Civil Veterinary Department. Madras. Admin. report 1926-33 - 1926-1933
Year: 1926
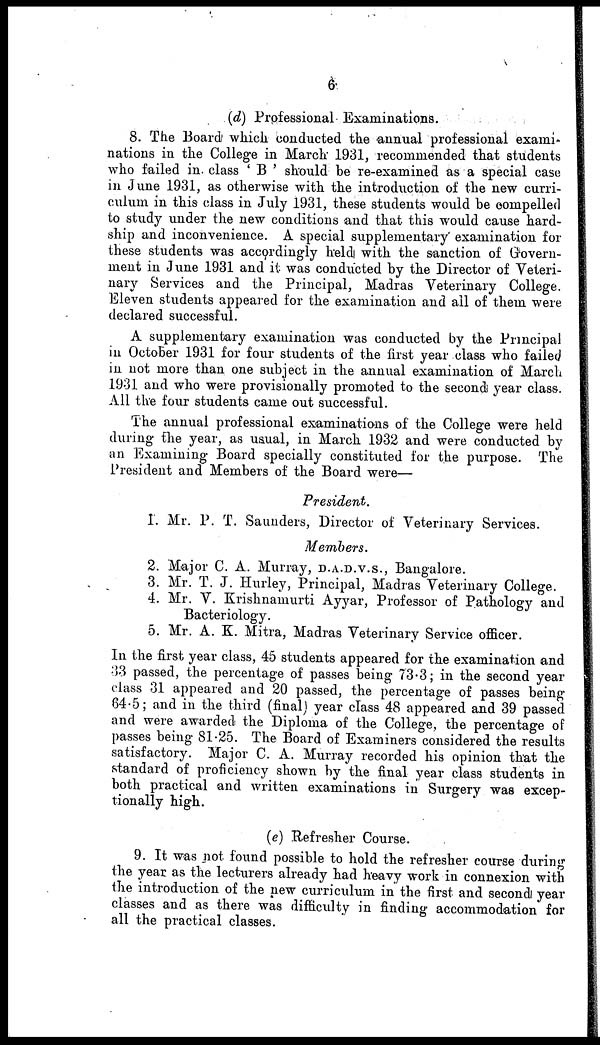
6
(d) Professional Examinations.
8. The Board which conducted the annual professional exami-
nations in the College in March 1931, recommended that students
who failed in class ' B ' should be re-examined as a special case
in June 1931, as otherwise with the introduction of the new curri-
culum in this class in July 1931, these students would be compelled
to study under the new conditions and that this would cause hard-
ship and inconvenience. A special supplementary examination for
these students was accordingly held with the sanction of Govern-
ment in June 1931 and it was conducted by the Director of Veteri-
nary Services and the Principal, Madras Veterinary College.
Eleven students appeared for the examination and ail of them were
declared successful.
A supplementary examination was conducted by the Principal
in October 1931 for four students of the first year class who failed
in not more than one subject in the annual examination of March
1931 and who were provisionally promoted to the second year class.
All the four students came out successful.
The annual professional examinations of the College were held
during the year, as usual, in March 1932 and were conducted by
an Examining Board specially constituted for the purpose. The
President and Members of the Board were—
President.
1. Mr. P. T. Saunders, Director of Veterinary Services.
Members.
2. Major C. A. Murray, D.A.D.V.S., Bangalore.
3. Mr. T. J. Hurley, Principal, Madras Veterinary College.
4. Mr. V. Krishnamurti Ayyar, Professor of Pathology and
Bacteriology.
5. Mr. A. K. Mitra, Madras Veterinary Service officer.
In the first year class, 45 students appeared for the examination and
33 passed, the percentage of passes being 73.3; in the second year
class 31 appeared and 20 passed, the percentage of passes being
64.5; and in the third (final) year class 48 appeared and 39 passed
and were awarded the Diploma of the College, the percentage of
passes being 81.25. The Board of Examiners considered the results
satisfactory. Major C. A. Murray recorded his opinion that the
standard of proficiency shown by the final year class students in
both practical and written examinations in Surgery was excep-
tionally high.
(e) Refresher Course.
9. It was not found possible to hold the refresher course during
the year as the lecturers already had heavy work in connexion with
the introduction of the new curriculum in the first and second year
classes and as there was difficulty in finding accommodation for
all the practical classes.